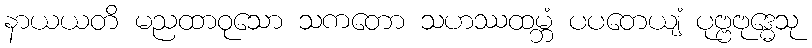
နာယယတိ မညထာဝုသော သကတော သဟဿထမ္ဘံ ပပတေယျံ ပုဗ္ဗဗုဒ္ဓေသု